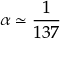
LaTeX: \alpha \simeq { \frac { 1 } { 1 3 7 } }